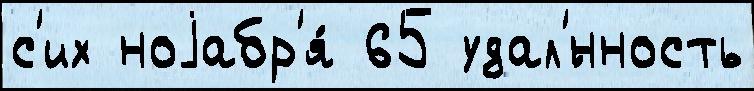
с'их ноjабр'я́ 65 удал'́нность